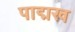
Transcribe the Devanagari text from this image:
पाद्मख